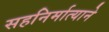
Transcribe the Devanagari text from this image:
सहनिर्मात्याने